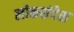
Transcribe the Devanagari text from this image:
लोकसंदेश